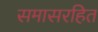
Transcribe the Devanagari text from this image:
समासरहित